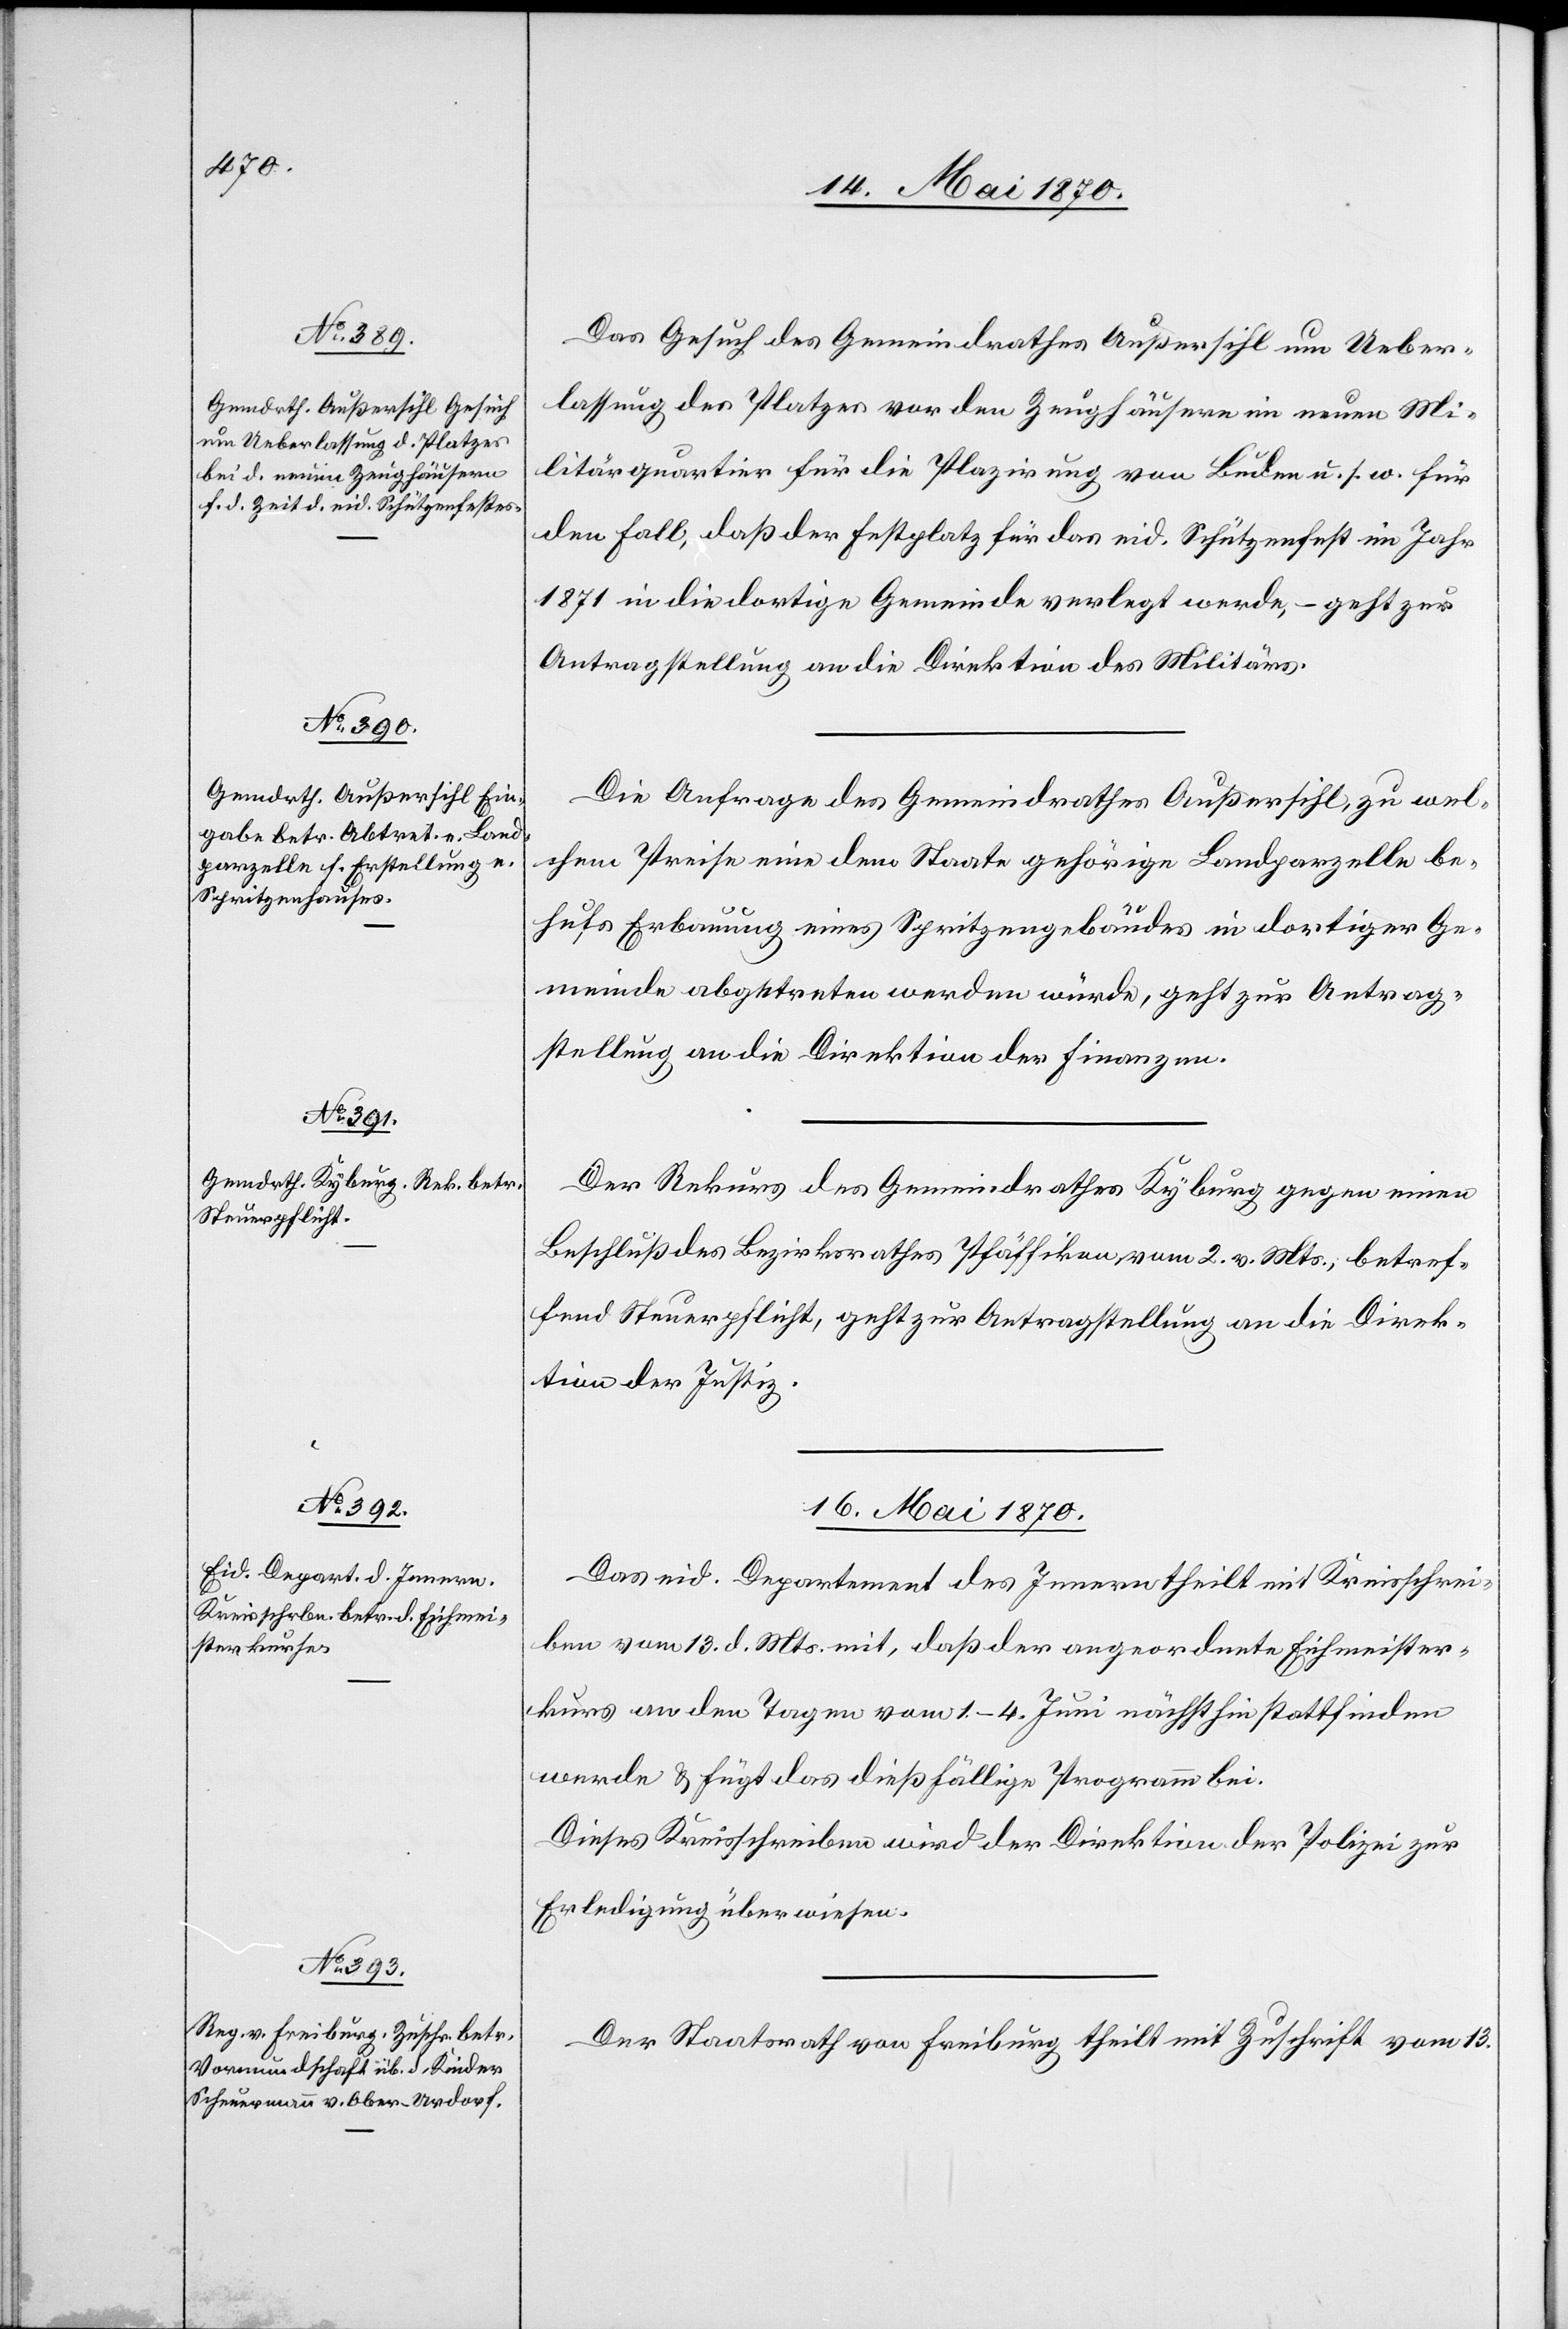
14. Mai 1870.]
Das Gesuch des Gemeindrathes Außersihl um Ueber¬
lassung des Platzes vor den Zeughäusern im neuen Mi¬
litärquartier für die Plazirung von Buden u. s. w. für
den Fall, daß der Festplatz für das eid. Schützenfest im Jahr
1871 in die dortige Gemeinde verlegt werde, – geht zur
Antragstellung an die Direktion des Militärs.
Die Anfrage des Gemeindrathes Außersihl, zu wel¬
chem Preise eine dem Staate gehörige Landparzelle be¬
hufs Erbauung eines Spritzengebäudes in dortiger Ge¬
meinde abgetreten werden würde, geht zur Antrag¬
stellung an die Direktion der Finanzen.
Der Rekurs des Gemeindrathes Kyburg gegen einen
Beschluß des Bezirksrathes Pfäffikon vom 2. v. Mts., betref¬
fend Steuerpflicht, geht zur Antragstellung an die Direk¬
tion der Justiz.
16. Mai 1870.]
Das eid. Departement des Innern theilt mit Kreisschrei¬
ben vom 13. d. Mts. mit, daß der angeordnete Eichmeister¬
kurs an den Tagen vom 1.–4. Juni nächsthin stattfinden
werde & fügt das dießfällige Programm bei.
Dieses Kreisschreiben wird der Direktion der Polizei zur
Erledigung überwiesen.
Der Staatsrath von Freiburg theilt mit Zuschrift vom 13.